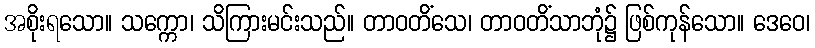
အစိုးရသော။ သက္ကော၊ သိကြားမင်းသည်။ တာဝတိံသေ၊ တာဝတိံသာဘုံ၌ ဖြစ်ကုန်သော။ ဒေဝေ၊